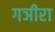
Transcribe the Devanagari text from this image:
गञीरा